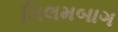
નિલમબાગ